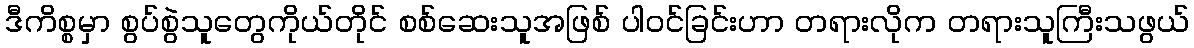
ဒီကိစ္စမှာ စွပ်စွဲသူတွေကိုယ်တိုင် စစ်ဆေးသူအဖြစ် ပါဝင်ခြင်းဟာ တရားလိုက တရားသူကြီးသဖွယ်